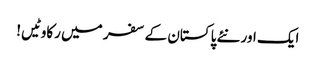
ایک اور نئے پاکستان کے سفر میں رکاوٹیں!